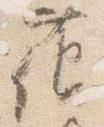
花